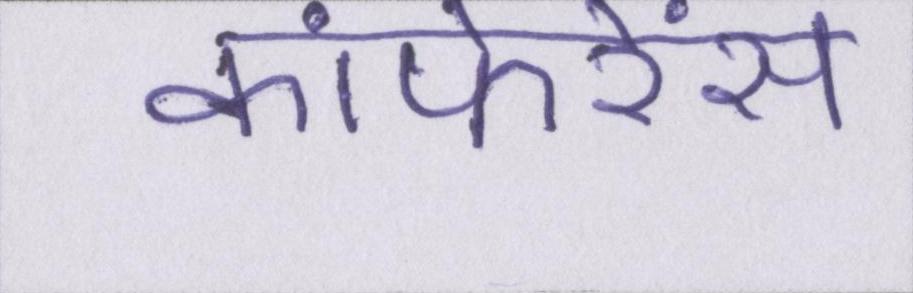
कांफेरेंस